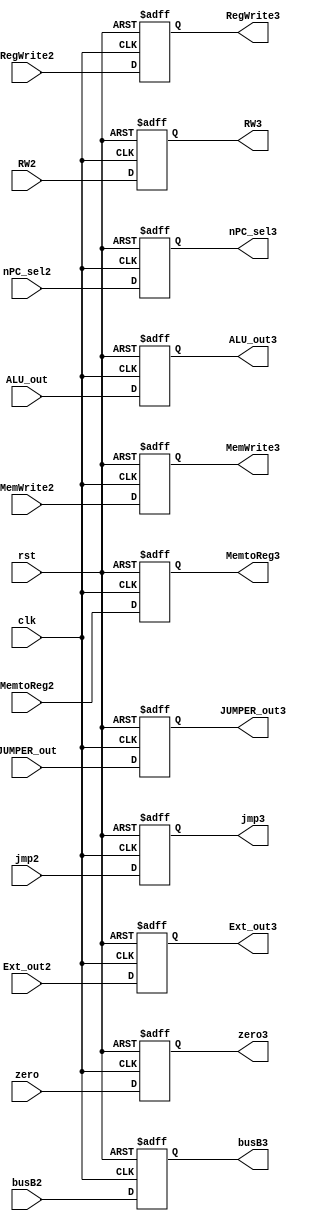
module EX_MEM(MemtoReg3,RegWrite3,MemWrite3,nPC_sel3,jmp3,JUMPER_out3,ALU_out3,zero3,busB3,Ext_out3,RW3,
      clk,rst,MemtoReg2,RegWrite2,MemWrite2,nPC_sel2,jmp2,JUMPER_out, ALU_out, zero, busB2,Ext_out2,RW2); 
  output reg MemtoReg3, RegWrite3, MemWrite3, nPC_sel3, jmp3; 
  output reg [31:0] JUMPER_out3; 
  output reg [31:0] ALU_out3; 
  output reg zero3; 
  output reg [31:0] busB3; 
  output reg [31:0] Ext_out3; 
  output reg [4:0] RW3; 
  input clk, rst; 
  input MemtoReg2, RegWrite2, MemWrite2, nPC_sel2, jmp2; 
  input [31:0] JUMPER_out; 
  input [31:0] ALU_out; 
  input zero; 
  input [31:0] busB2; 
  input [31:0] Ext_out2; 
  input [4:0] RW2; 

  always@(posedge clk, posedge rst)
  begin
    if(rst)
    begin
      MemtoReg3 <= 0; 
      RegWrite3 <= 0; 
      MemWrite3 <= 0; 
      nPC_sel3 <= 0; 
      jmp3 <= 0; 
      JUMPER_out3 <= 0; 
      ALU_out3 <= 0; 
      zero3 <= 0; 
      busB3 <= 0; 
      Ext_out3 <= 0; 
      RW3 <= 0; 
    end
    else if(clk)
    begin
      MemtoReg3 <= MemtoReg2; 
      RegWrite3 <= RegWrite2; 
      MemWrite3 <= MemWrite2; 
      nPC_sel3 <= nPC_sel2; 
      jmp3 <= jmp2; 
      JUMPER_out3 <= JUMPER_out; 
      ALU_out3 <= ALU_out; 
      zero3 <= zero; 
      busB3 <= busB2; 
      Ext_out3 <= Ext_out2; 
      RW3 <= RW2; 
    end
  end

endmodule